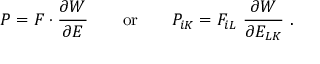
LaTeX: { \boldsymbol { P } } = { \boldsymbol { F } } \cdot { \frac { \partial W } { \partial { \boldsymbol { E } } } } \qquad { \mathrm { o r } } \qquad P _ { i K } = F _ { i L } ~ { \frac { \partial W } { \partial E _ { L K } } } ~ .